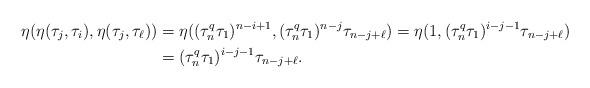
LaTeX: \begin{align*}\eta(\eta(\tau_j, \tau_i), \eta(\tau_j, \tau_\ell))&=\eta((\tau_n^q\tau_1)^{n-i+1}, (\tau_n^q\tau_1)^{n-j} \tau_{n-j+\ell})=\eta(1, (\tau_n^q\tau_1)^{i-j-1}\tau_{n-j+\ell})\\&=(\tau_n^q\tau_1)^{i-j-1}\tau_{n-j+\ell}.\end{align*}